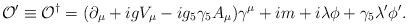
LaTeX: \begin{align*}{\cal O}' \equiv {\cal O}^\dagger = (\partial_\mu + i gV_\mu - ig_5 \gamma_5 A_\mu) \gamma^\mu +i m + i \lambda\phi + \gamma_5 \lambda'\phi'. \end{align*}